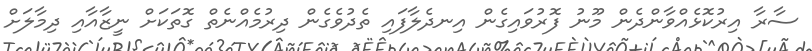
ސާރާ އިރުކޮޅެއްވާންދެން މޫނު ފޮރުވައިގެން އިނދެލާފައި ތެދުވެގެން ދިރުމެއްނެތް ގޮތަކަށް ނީޒާއާއި ދިމާލަށް